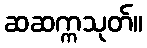
ဆဆက္ကသုတ်။